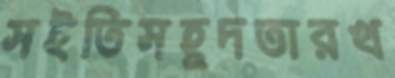
সইতিসহূদতারখ